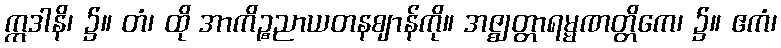
ဣဒါနိ၊ ၌။ တံ၊ ထို အာကိဉ္စညာယတနဈာန်ကို။ အဇ္ဈတ္တာရမ္မဏတ္တိကေ၊ ၌။ ဧကံ၊